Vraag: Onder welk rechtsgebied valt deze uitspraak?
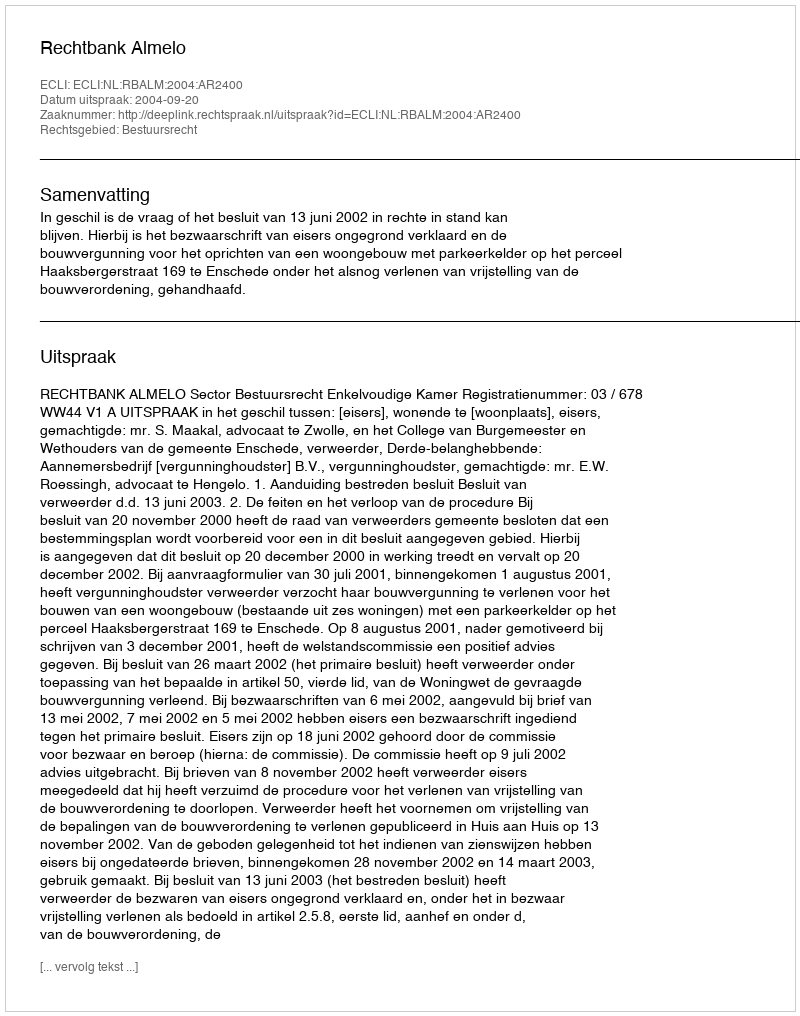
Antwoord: Bestuursrecht